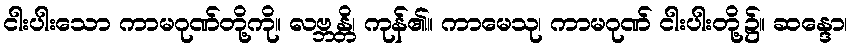
ငါးပါးသော ကာမဂုဏ်တို့ကို။ လဗ္ဘန္တိ၊ ကုန်၏။ ကာမေသု၊ ကာမဂုဏ် ငါးပါးတို့၌။ ဆန္ဒော၊